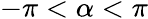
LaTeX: -\pi<\alpha<\pi